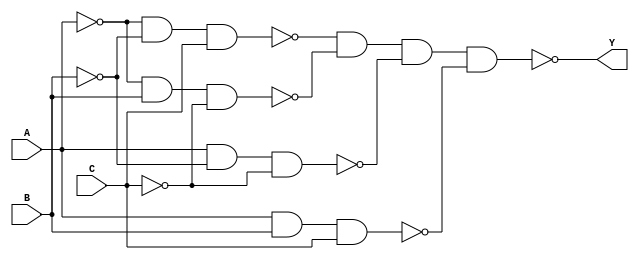
module problem2(Y, A, B, C); 

input C, B, A; 
output Y; 

assign e = ~(A & A);
//assign e2 = ~(e);
assign f = ~(B & B);
//assign f2 = ~(f);
assign g = ~(C & C); 
//assign g2 = ~(g);

assign h = ~(e & f & C);
assign i = ~(e & B & g);
assign j = ~(A & f & g);
assign k = ~(A & B & C);

assign Y = ~(h & i & j & k); 

endmodule